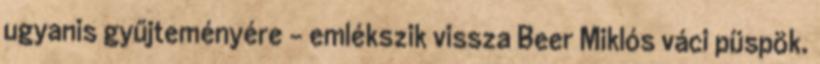
ugyanis gyűjteményére – emlékszik vissza Beer Miklós váci püspök.